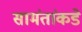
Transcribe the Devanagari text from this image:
सामंतांकडे